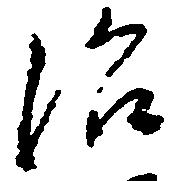
沼